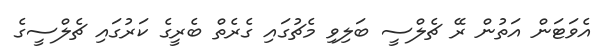
އެވަޓަން އަތުން ރޭ ޗެލްސީ ބަލިވި މެޗުގައި ގެރެތް ބެރީގެ ކަރުގައި ޗެލްސީގެ